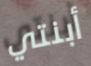
أبنتي